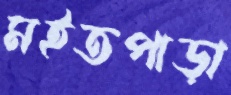
মইতপাড়া